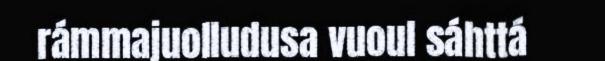
rámmajuolludusa vuoul sáhttá